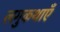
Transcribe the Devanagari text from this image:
लगुकथाएँ